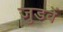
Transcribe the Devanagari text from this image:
जुडवें